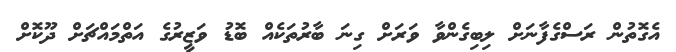
އެގޮތުން ރަސްގެފާނަށް ލިބިގެންވާ ވަރަށް ގިނަ ބާރުތަކެއް ބޮޑު ވަޒީރުގެ އަތްމައްޗަށް ދޫކޮށް